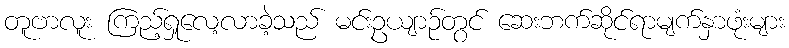
တူဗာလူး ကြည့်ရှုလေ့လာခဲ့သည် မင်းဥယျာဉ်တွင် ဆေးဘက်ဆိုင်ရာမျက်နှာဖုံးများ